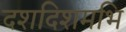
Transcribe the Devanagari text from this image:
दशदिशमभि